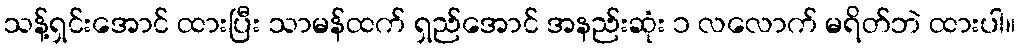
သန့်ရှင်းအောင် ထားပြီး သာမန်ထက် ရှည်အောင် အနည်းဆုံး ၁ လလောက် မရိတ်ဘဲ ထားပါ။